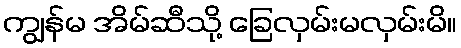
ကျွန်မ အိမ်ဆီသို့ ခြေလှမ်းမလှမ်းမိ။